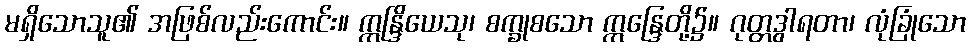
မရှိသောသူ၏ အဖြစ်လည်းကောင်း။ ဣန္ဒြိယေသု၊ စက္ခုစသော ဣန္ဒြေတို့၌။ ဂုတ္တဒွါရတာ၊ လုံခြုံသော